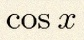
\cos x